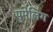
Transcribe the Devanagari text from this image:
पुमेलिंग